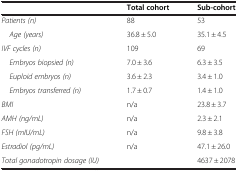
|  | Total cohort | Sub-cohort |
 | --- | --- | --- |
 | Patients (n) | 88 | 53 |
 | Age (years) | 36.8 ± 5.0 | 35.1 ± 4.5 |
 | IVF cycles (n) | 109 | 69 |
 | Embryos biopsied (n) | 7.0 ± 3.6 | 6.3 ± 3.5 |
 | Euploid embryos (n) | 3.6 ± 2.3 | 3.4 ± 1.0 |
 | Embryos transferred (n) | 1.7 ± 0.7 | 1.4 ± 1.0 |
 | BMI | n/a | 23.8 ± 3.7 |
 | AMH (ng/mL) | n/a | 2.3 ± 2.1 |
 | FSH (mIU/mL) | n/a | 9.8 ± 3.8 |
 | Estradiol (pg/mL) | n/a | 47.1 ± 26.0 |
 | Total gonadotropin dosage (IU) |  | 4637 ± 2078 |